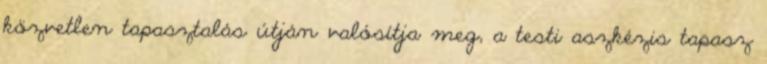
közvetlen tapasztalás útján valósítja meg, a testi aszkézis tapasz